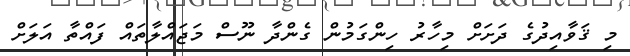
މި ޤަވާއިދުގެ ދަށަށް މިހާރު ހިންގަމުން ގެންދާ ނޫސް މަޖައްލާތައް ފައްތާ އަލަށް